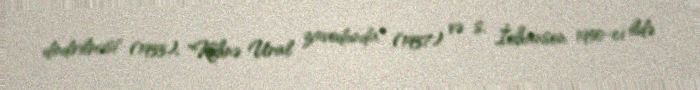
dindirilməsi" (1933), "Köhnə Ural zavodunda" (1937) və s. İohanson 1950-ci ildə